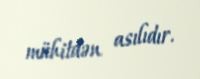
mühitdən asılıdır.